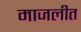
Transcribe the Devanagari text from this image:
माजलीत